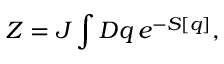
Z = { \cal J } \int { \cal D } q \, e ^ { - S [ q ] } ,